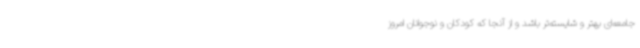
جامعه‌ای بهتر و شایسته‌تر باشد و از آنجا که کودکان و نوجوانان امروز